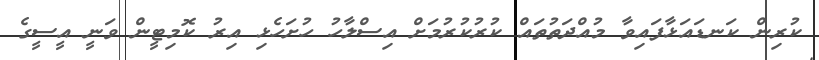
ކުރިން ކަނޑައަޅާފައިވާ މުއްދަތުތައް ކުރުކުރުމަށް އިސްލާހު ހުށަހެޅި އިރު ކޮމިޓީން ވަނީ އީސީގެ